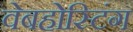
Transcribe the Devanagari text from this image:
वेबहोस्टिंग